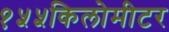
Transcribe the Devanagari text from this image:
१५५किलोमीटर